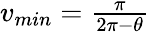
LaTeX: \begin{array}{r}{v_{min}=\frac{\pi}{2\pi-\theta}}\end{array}